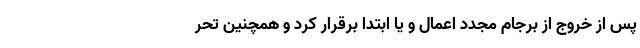
پس از خروج از برجام مجدد اعمال و یا ابتدا برقرار کرد و همچنین تحر